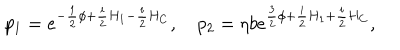
LaTeX: p _ { 1 } = e ^ { - { \frac { 1 } { 2 } } \phi + { \frac { i } { 2 } } H _ { 1 } - { \frac { i } { 2 } } H _ { C } } , \quad p _ { 2 } = \eta b e ^ { { \frac { 3 } { 2 } } \phi + { \frac { i } { 2 } } H _ { 1 } + { \frac { i } { 2 } } H _ { C } } ,